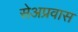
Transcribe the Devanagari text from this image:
सेअप्रवास